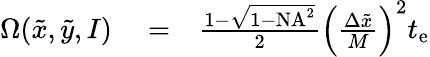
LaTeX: \begin{array}{rlr}{\Omega(\tilde{x},\tilde{y},I)}&{{}=}&{\frac{1-\sqrt{1-\mathrm{NA}^{2}}}{2}\left(\frac{\Delta\tilde{x}}{M}\right)^{2}t_{\mathrm{e}}}\end{array}